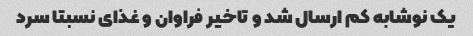
یک نوشابه کم ارسال شد و تاخیر فراوان و غذای نسبتا سرد